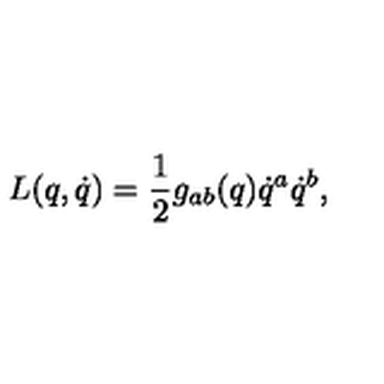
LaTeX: L ( q , \dot { q } ) = { \frac { 1 } { 2 } } g _ { a b } ( q ) \dot { q } ^ { a } \dot { q } ^ { b } ,